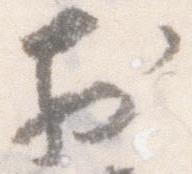
於